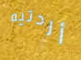
أردتيه